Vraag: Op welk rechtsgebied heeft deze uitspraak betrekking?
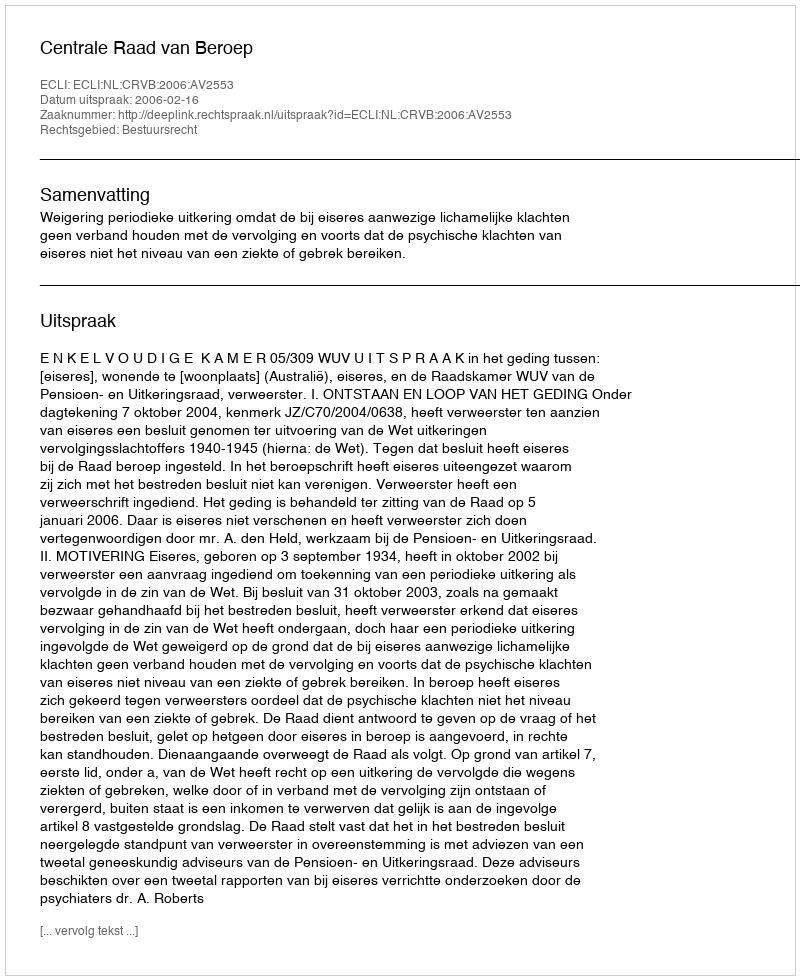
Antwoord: Bestuursrecht